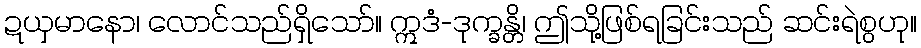
ဍယှမာနော၊ လောင်သည်ရှိသော်။ ဣဒံ-ဒုက္ခန္တိ၊ ဤသို့ဖြစ်ရခြင်းသည် ဆင်းရဲစွဟု။